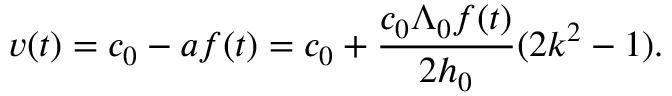
v ( t ) = c _ { 0 } - a f ( t ) = c _ { 0 } + \frac { c _ { 0 } \Lambda _ { 0 } f ( t ) } { 2 h _ { 0 } } ( 2 k ^ { 2 } - 1 ) .